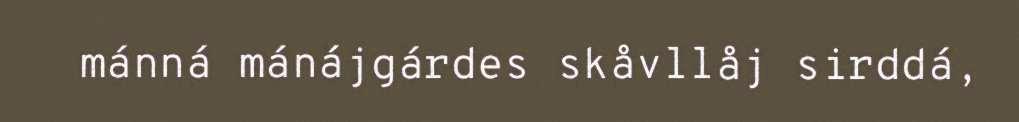
mánná mánájgárdes skåvllåj sirddá,